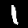
Label: 1